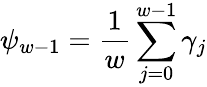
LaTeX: \displaystyle{\psi_{w-1}=\frac{1}{w}\sum_{j=0}^{w-1}\gamma_{j}}